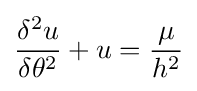
{\frac {\delta ^{2}u}{\delta \theta ^{2}}}+u={\frac {\mu }{h^{2}}}